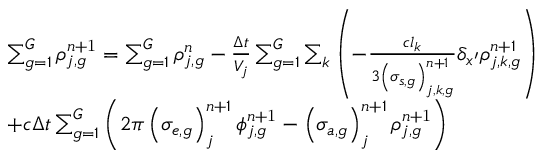
\begin{array} { l } { { \sum _ { g = 1 } ^ { G } \rho _ { j , g } ^ { n \mathrm { + 1 } } = \sum _ { g = 1 } ^ { G } \rho _ { j , g } ^ { n } - \frac { \Delta t } { V _ { j } } \sum _ { g = 1 } ^ { G } \sum _ { k } \left( - \frac { c l _ { k } } { 3 \left( \sigma _ { s , g } \right) _ { j , k , g } ^ { n + 1 } } \delta _ { x ^ { \prime } } \rho _ { j , k , g } ^ { n + 1 } \right) } } \\ { { + c \Delta t \sum _ { g = 1 } ^ { G } \left( 2 \pi \left( \sigma _ { e , g } \right) _ { j } ^ { n + 1 } \phi _ { j , g } ^ { n \mathrm { + 1 } } - \left( \sigma _ { a , g } \right) _ { j } ^ { n + 1 } \rho _ { j , g } ^ { n \mathrm { + 1 } } \right) } } \end{array}